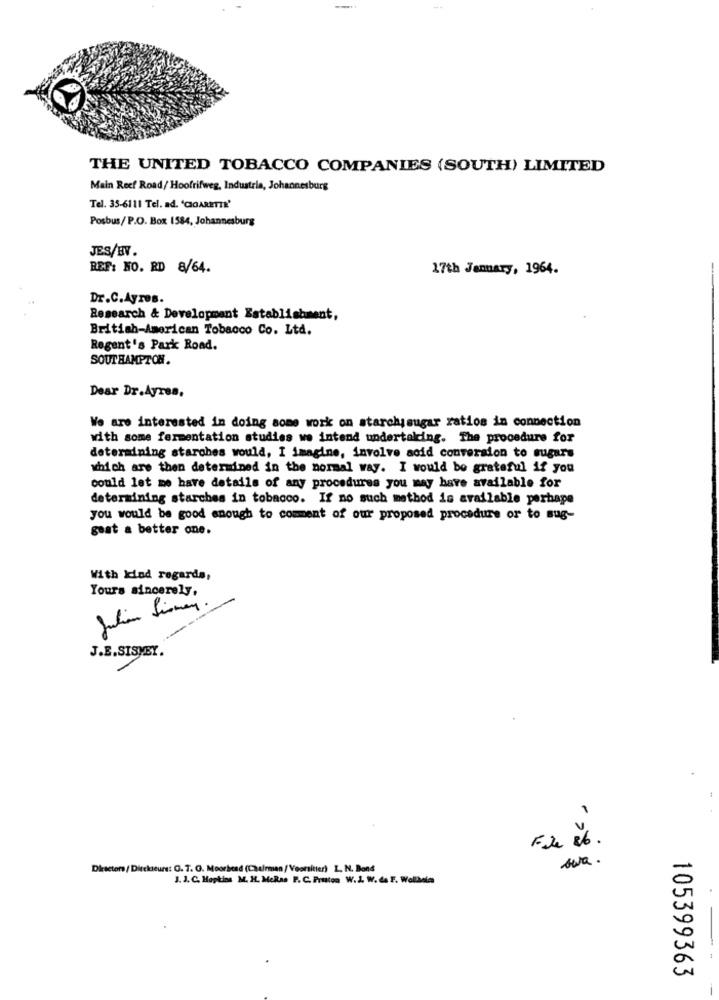
THE UNITED TOBACCO COMPANIES (SOUTH) LIMITED
Main Reef Road/ Hoofrifweg, Industria, Johannesburg
Tel. 35-6111 Tel. ad. 'CIGARETTE'
Posbus/P.O. Box 1584, Johannesburg
JES/BV.
REF: NO. RD 8/64.
17th January, 1964.
Dr.C.Ayres.
Research & Development Establishment,
British-American Tobacco Co. Ltd.
Regent's Park Road.
SOUTHAMPTON.
Dear Dr.Ayres,
We are interested in doing some work on starchysugar ratios in connection
with some fermentation studies we intend undertaking. The procedure for
determining starches would, I imagine, involve acid conversion to sugars
which are then determined in the normal way. I would be grateful if you
could let me have details of any procedures you may have available for
determining starches in tobacco. If no such method is available perhape
you would be good enough to comment of our proposed procedure or to sug-
goat a better one.
With Kind regards,
Yours sincerely,
Julian Simary
J.E.SISMEY.
sera.
Directors/ Dirckieure: G. T. G. Moorhead (Chairman / Voorsitter) L. N. Bond
J. J. C. Hopkins M. H. MeRas P. C. Prutton W.J. W. da F. Wollbeta
105399363